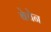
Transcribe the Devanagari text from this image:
बेचेन